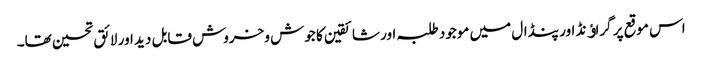
اس موقع پر گراﺅنڈ اور پنڈال میں موجود طلبہ اور شائقین کا جوش وخروش قابل دید اور لائق تحسین تھا۔